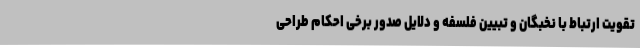
تقویت ارتباط با نخبگان و تبیین فلسفه و دلایل صدور برخی احکام طراحی